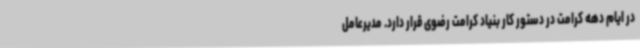
در ایام دهه کرامت در دستور کار بنیاد کرامت رضوی قرار دارد. مدیرعامل